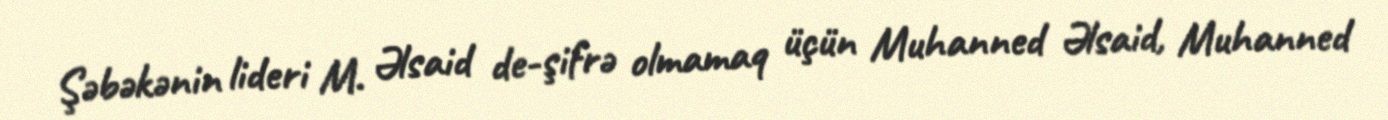
Şəbəkənin lideri M. Əlsaid de-şifrə olmamaq üçün Muhanned Əlsaid, Muhanned